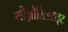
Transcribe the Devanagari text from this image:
मीज़ोसिडराइट